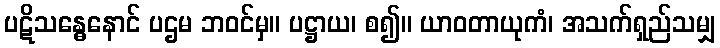
ပဋိသန္ဓေနောင် ပဌမ ဘဝင်မှ။ ပဋ္ဌာယ၊ စ၍။ ယာဝတာယုကံ၊ အသက်ရှည်သမျှ